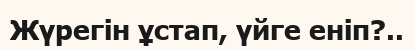
Жүрегін ұстап, үйге еніп?..